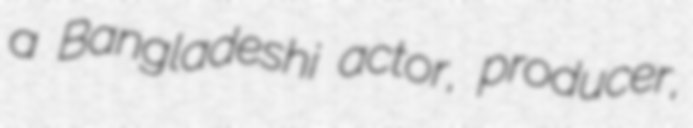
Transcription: a Bangladeshi actor, producer,